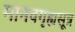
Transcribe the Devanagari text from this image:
मानवगृह्यसूत्र